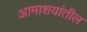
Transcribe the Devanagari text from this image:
आमाशयांतील